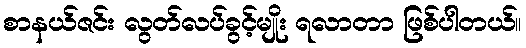
စာနယ်ဇင်း လွတ်လပ်ခွင့်မျိုး ရလာတာ ဖြစ်ပါတယ်။